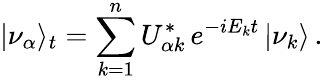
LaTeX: |\nu_{\alpha}\rangle_{t}=\sum_{k=1}^{n}U_{{\alpha}k}^{*}\, e^{-iE_{k}t}\, |\nu_{k}\rangle\, .